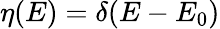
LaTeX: \eta(E)=\delta(E-E_{0})